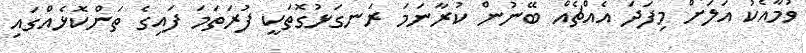
ވުމާއެކު އަލަށް މިފަދަ އެއްޗެއް ބޭނުން ކުރާނަމަ ރަނގަޅުގޮތަކީ ފުރަތަމަ ފައިގެ ތަންކޮޅެއްގައި